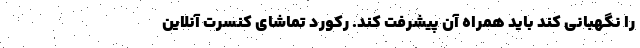
را نگهبانی کند باید همراه آن پیشرفت کند. رکورد تماشای کنسرت آنلاین